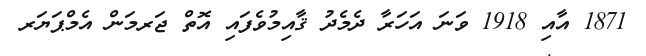
1871 އާއި 1918 ވަނަ އަހަރާ ދެމެދު ޤާއިމުވެފައި އޮތް ޖަރމަން އެމްޕަޔަރ